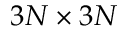
3 N \times 3 N